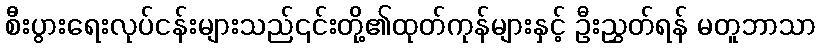
စီးပွားရေးလုပ်ငန်းများသည်၎င်းတို့၏ထုတ်ကုန်များနှင့် ဦးညွှတ်ရန် မတူဘာသာ